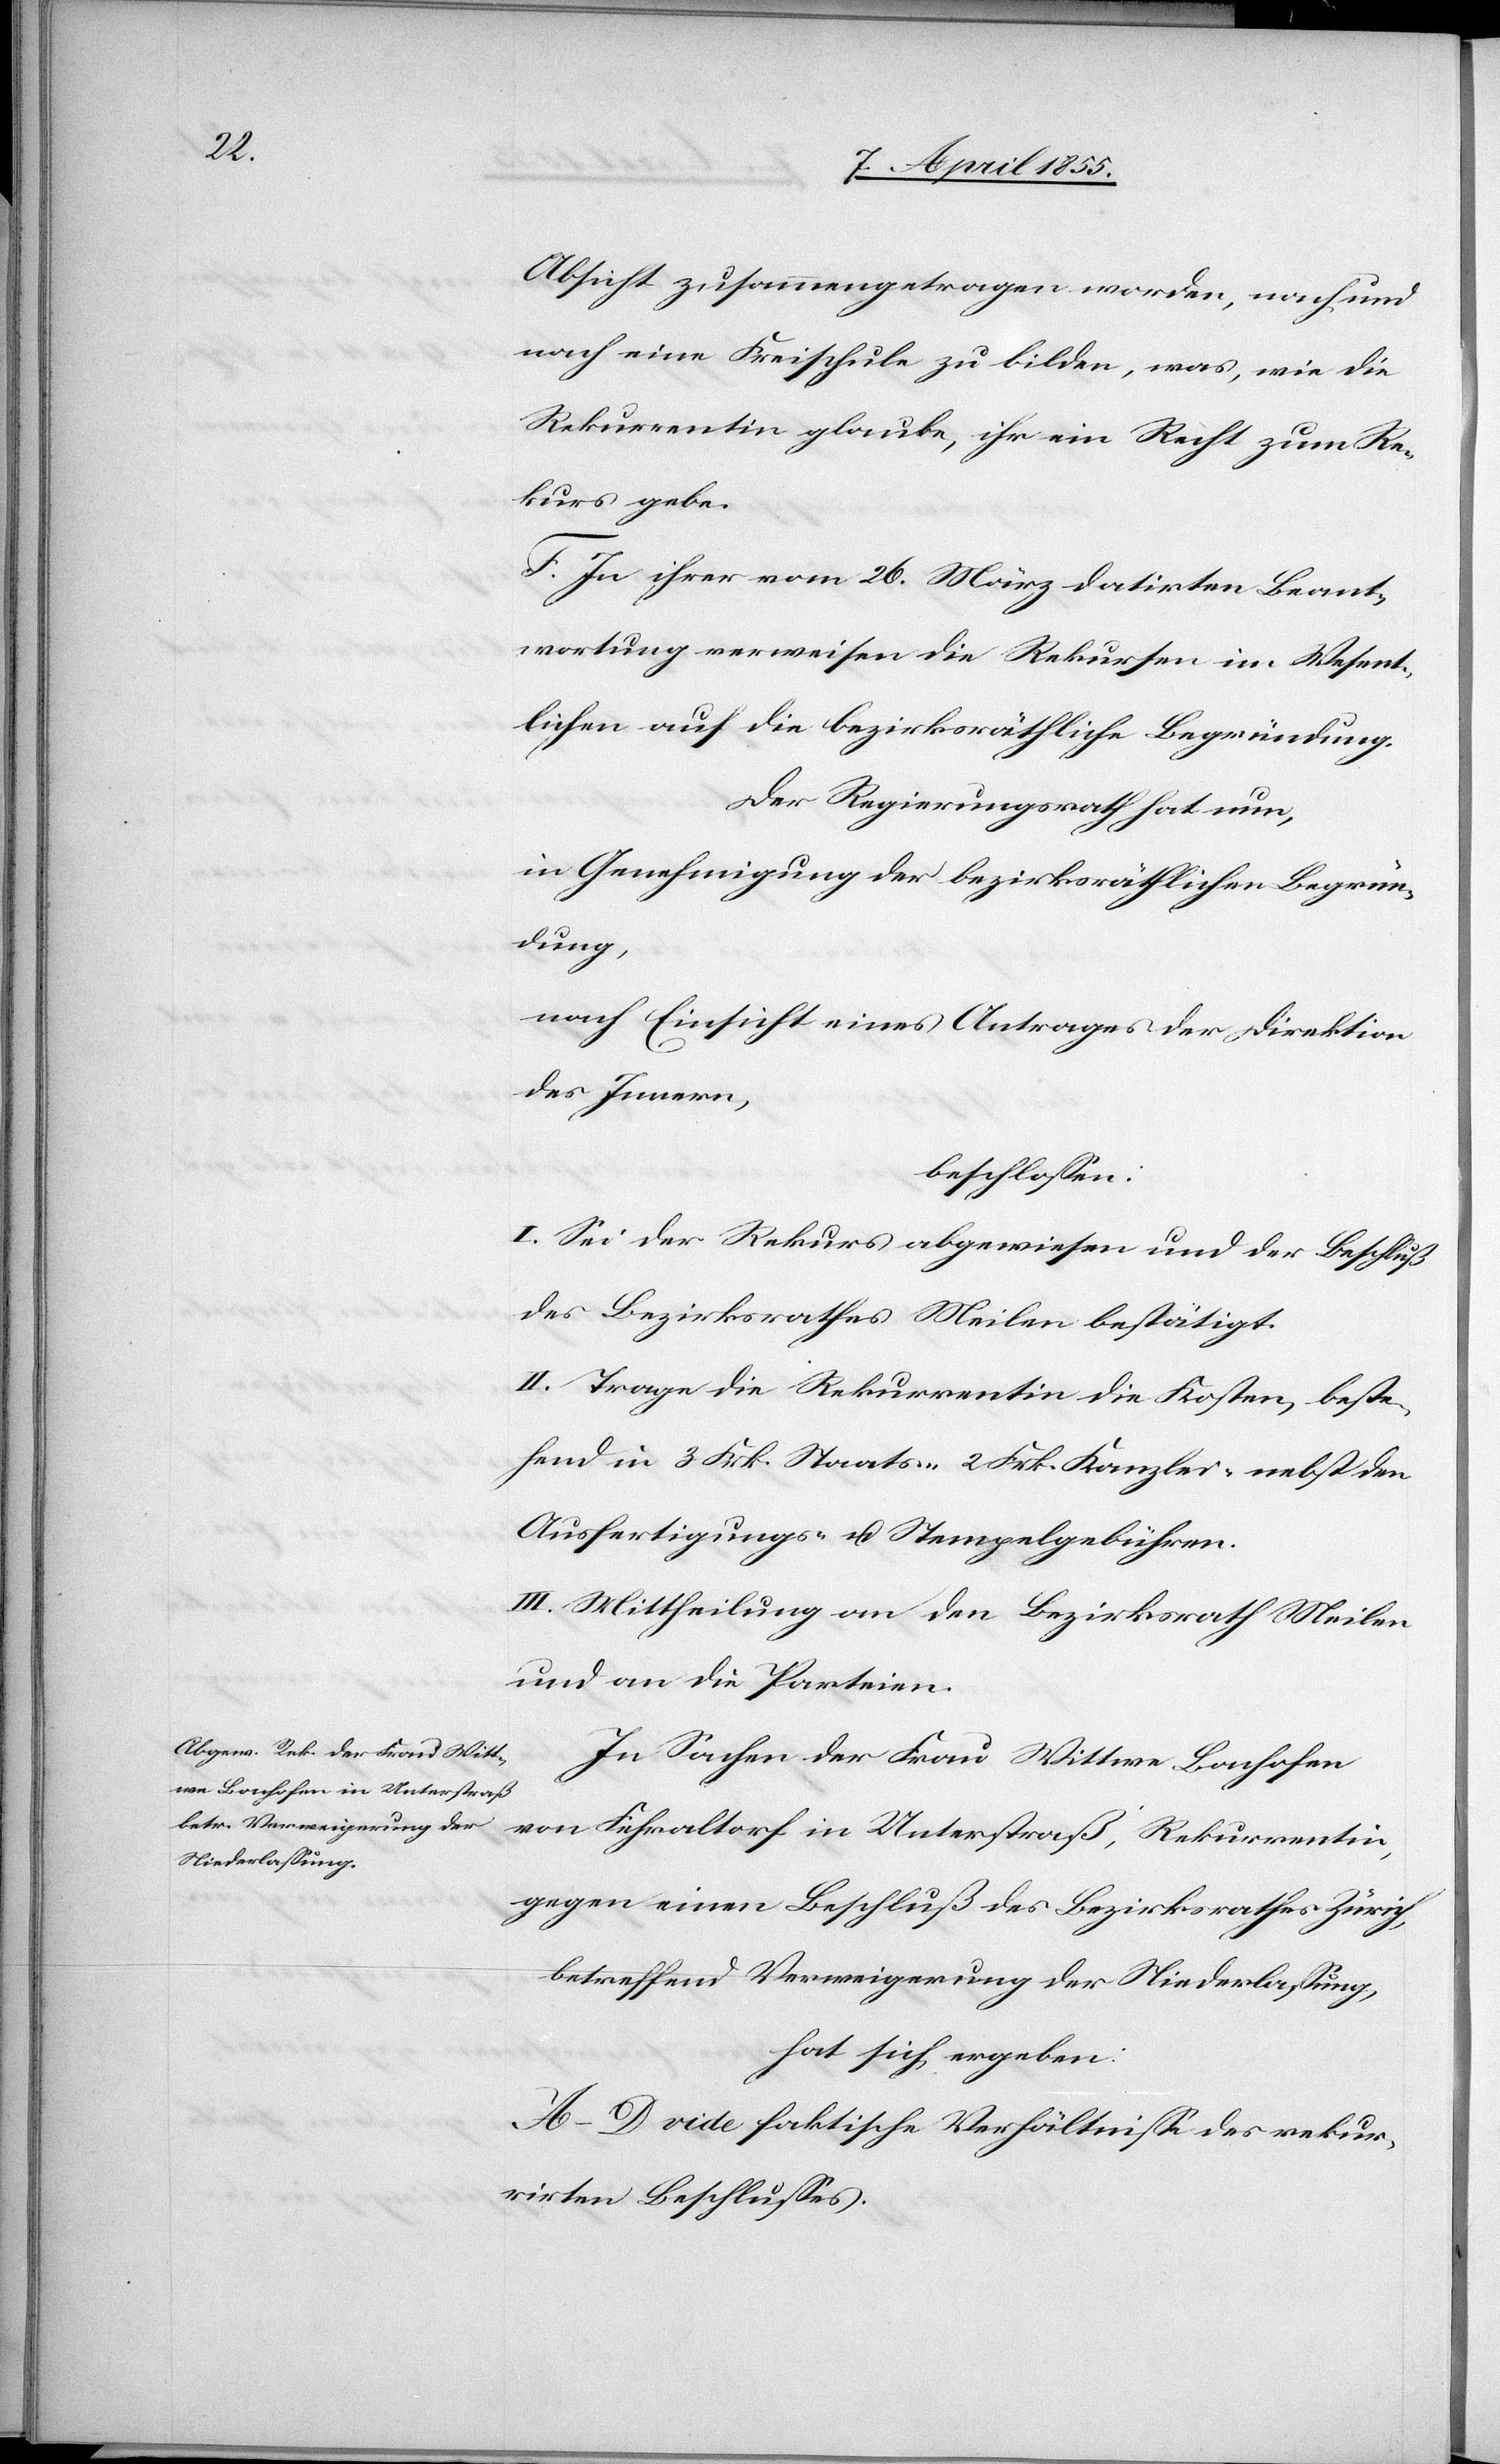
Absicht zusammengetragen worden, nach und
nach eine Freischule zu bilden, was, wie die
Rekurrentin glaube, ihr ein Recht zum Re¬
kurs gebe.
F. In ihrer vom 26. März datirten Beant¬
wortung verweisen die Rekursen im Wesent¬
lichen auf die bezirksräthliche Begründung.
Der Regierungsrath hat nun,
in Genehmigung der bezirksräthlichen Begrün¬
dung,
nach Einsicht eines Antrages der Direktion
des Innern,
beschlossen:
I. Sei der Rekurs abgewiesen und der Beschluß
des Bezirksrathes Meilen bestätigt.
II. Trage die Rekurrentin die Kosten, beste¬
hend in 3 Frk. Staats-[,] 2 Frk. Kanzlei-[,] nebst den
Ausfertigungs- u. Stempelgebühren.
III. Mittheilung an den Bezirksrath Meilen
und an die Parteien.
In Sachen der Frau Wittwe Bachofen
von Fehraltorf in Unterstraß, Rekurrentin,
gegen einen Beschluß des Bezirksrathes Zürich,
betreffend Verweigerung der Niederlassung,
hat sich ergeben:
A–D vide faktische Verhältnisse des rekur¬
rirten Beschlusses.